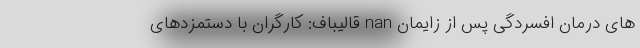
های درمان افسردگی پس از زایمان nan قالیباف: کارگران با دستمزدهای